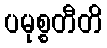
ပမုစ္စတီတိ